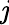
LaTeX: \mathit{j}